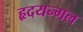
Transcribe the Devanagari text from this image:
हृदयन्गल